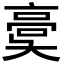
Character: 𩫀